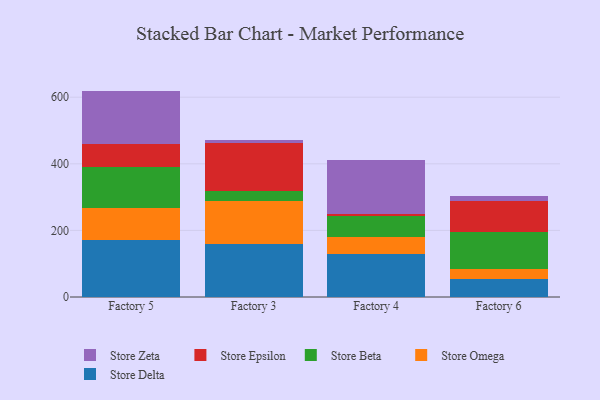
{"axis": {"x": "Factory", "y": "Budget (USD K)"}, "legend": ["Store Beta", "Store Delta", "Store Epsilon", "Store Omega", "Store Zeta"], "data": [{"x": "Factory 5", "y": 170.7, "type": "Store Delta"}, {"x": "Factory 5", "y": 95.7, "type": "Store Omega"}, {"x": "Factory 5", "y": 124.7, "type": "Store Beta"}, {"x": "Factory 5", "y": 67.6, "type": "Store Epsilon"}, {"x": "Factory 5", "y": 160.4, "type": "Store Zeta"}, {"x": "Factory 3", "y": 158.1, "type": "Store Delta"}, {"x": "Factory 3", "y": 129.8, "type": "Store Omega"}, {"x": "Factory 3", "y": 30.1, "type": "Store Beta"}, {"x": "Factory 3", "y": 144.3, "type": "Store Epsilon"}, {"x": "Factory 3", "y": 10.3, "type": "Store Zeta"}, {"x": "Factory 4", "y": 128.1, "type": "Store Delta"}, {"x": "Factory 4", "y": 52.2, "type": "Store Omega"}, {"x": "Factory 4", "y": 62.7, "type": "Store Beta"}, {"x": "Factory 4", "y": 6.2, "type": "Store Epsilon"}, {"x": "Factory 4", "y": 163.3, "type": "Store Zeta"}, {"x": "Factory 6", "y": 54.7, "type": "Store Delta"}, {"x": "Factory 6", "y": 30.9, "type": "Store Omega"}, {"x": "Factory 6", "y": 108.8, "type": "Store Beta"}, {"x": "Factory 6", "y": 93.4, "type": "Store Epsilon"}, {"x": "Factory 6", "y": 14.1, "type": "Store Zeta"}]}